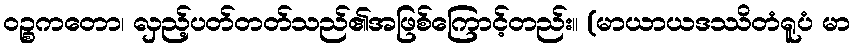
ဝဉ္စကတော၊ လှည့်ပတ်တတ်သည်၏အဖြစ်ကြောင့်တည်း။ (မာယာယဒဿိတံရူပံ မာ